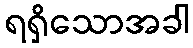
ရရှိသောအခါ